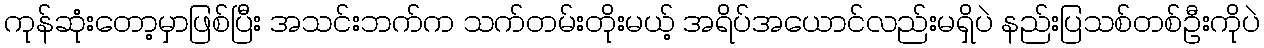
ကုန်ဆုံးတော့မှာဖြစ်ပြီး အသင်းဘက်က သက်တမ်းတိုးမယ့် အရိပ်အယောင်လည်းမရှိပဲ နည်းပြသစ်တစ်ဦးကိုပဲ